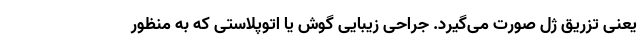
یعنی تزریق ژل صورت می‌گیرد. جراحی زیبایی گوش یا اتوپلاستی که به‌ منظور